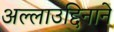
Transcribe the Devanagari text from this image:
अल्लाउद्दिनाने